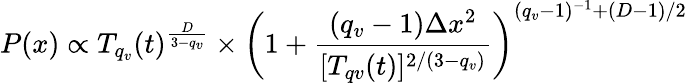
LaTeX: P(x)\propto T_{q_{v}}(t)^{\frac{D}{3-q_{v}}}\times\left(1+\frac{(q_{v}-1)\Delta x^{2}}{[T_{qv}(t)]^{2/(3-q_{v})}}\right)^{(q_{v}-1)^{-1}+(D-1)/2}